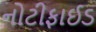
નોટીફાઈડ